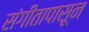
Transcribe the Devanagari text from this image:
संगीतापासून